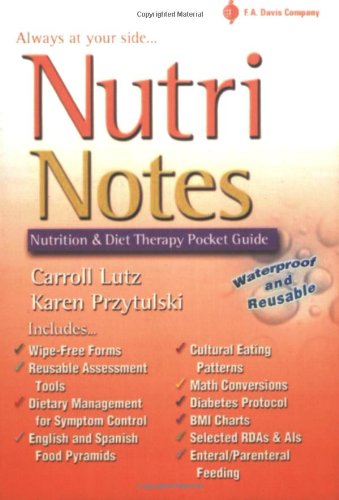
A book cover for NutriNotes: Nutrition and Diet Therapy Pocket Guide; Carroll A. Lutz MA  RN; Medical Books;